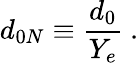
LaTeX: d_{0N}\equiv{\frac{d_{0}}{Y_{e}}}~.